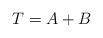
LaTeX: \begin{align*}T= A+B\end{align*}